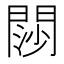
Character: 閯